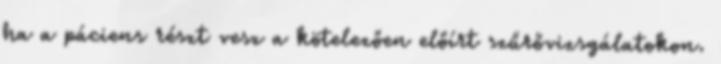
ha a páciens részt vesz a kötelezően előírt szűrővizsgálatokon.